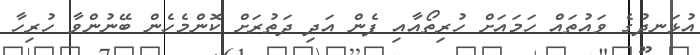
އުޅަނދުގެ ވައުތައް ހަމައަށް ހުރިތޯއާއި ފެން އަދި ދަތުރަށް ކޮންމެހެން ބޭނުންވާ ހުރިހާ